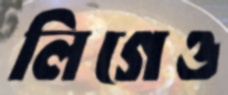
লিগেও